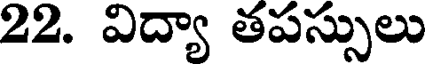
22. విద్యా తపస్సులు